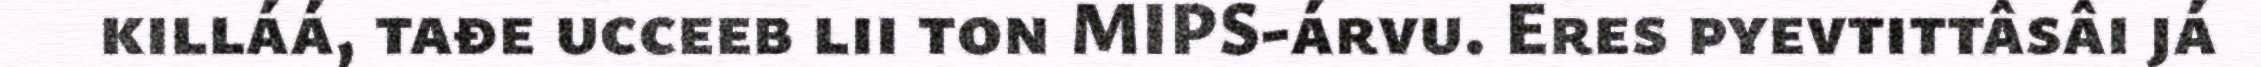
killáá, tađe ucceeb lii ton MIPS-árvu. Eres pyevtittâsâi já